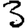
Digit: 3